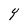
Character: Y